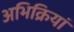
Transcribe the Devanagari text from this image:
अभिक्रियां